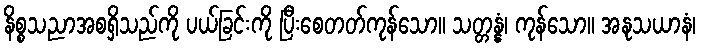
နိစ္စသညာအစရှိသည်ကို ပယ်ခြင်းကို ပြီးစေတတ်ကုန်သော။ သတ္တန္နံ၊ ကုန်သော။ အနုသယာနံ၊